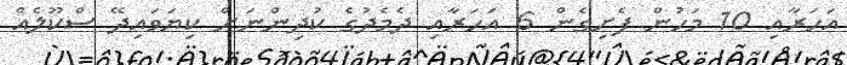
އަހަރާއި 10 މަހުން ފެށިގެން 6 އަހަރާއި ދެމެދުގެ ކުދިންނަށް ކިޔަވައިދޭ ސްކޫލެއް